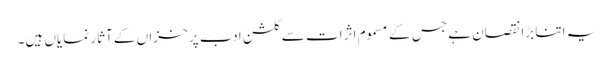
یہ اتنا بڑا نقصان ہے جس کے مسموم اثرات سے گلشن ادب پر خزاں کے آثار نمایاں ہیں۔